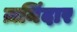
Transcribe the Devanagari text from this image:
ज़मिंदार